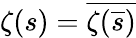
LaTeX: \zeta(s)={\overline{{\zeta({\overline{{s}}})}}}